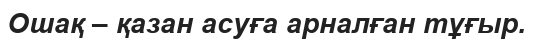
Ошақ – қазан асуға арналған тұғыр.